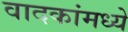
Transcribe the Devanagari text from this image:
वादकांमध्ये